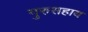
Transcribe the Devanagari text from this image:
गुरुसहाय